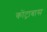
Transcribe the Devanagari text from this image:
कोंट्राबास